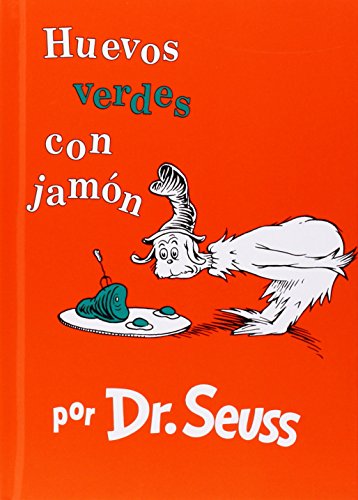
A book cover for Huevos verdes con jamÃ³n; Dr. Seuss; Children's Books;